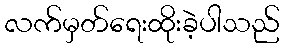
လက်မှတ်ရေးထိုးခဲ့ပါသည်